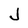
Character: J